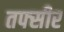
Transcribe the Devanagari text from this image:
तफ्सीर